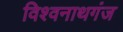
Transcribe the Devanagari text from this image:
विश्‍वनाथगंज